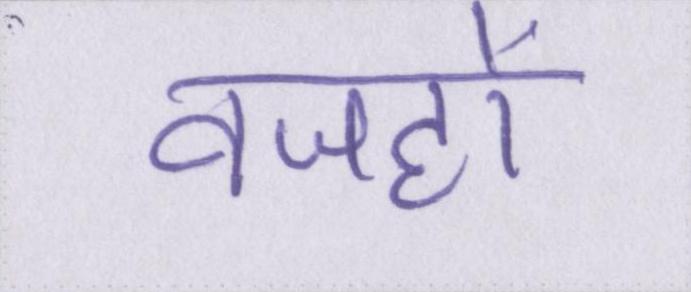
वजहों